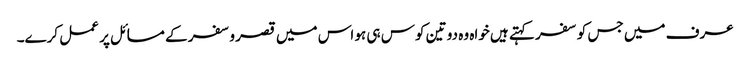
عرف میں جس کو سفر کہتے ہیں خواہ وہ دو تین کوس ہی ہو اس میں قصر وسفر کے مسائل پر عمل کرے۔